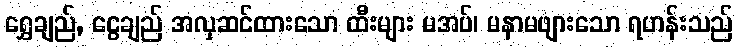
ရွှေချည်, ငွေချည် အလှဆင်ထားသော ထီးများ မအပ်၊ မနာမဖျားသော ရဟန်းသည်